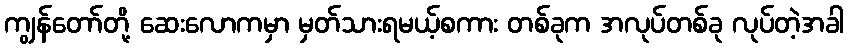
ကျွန်တော်တို့ ဆေးလောကမှာ မှတ်သားရမယ့်စကား တစ်ခုက အလုပ်တစ်ခု လုပ်တဲ့အခါ